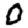
Digit: 0